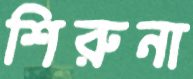
শিরুনা